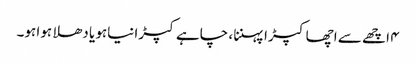
۴ اچھے سے اچھا کپڑا پہننا ، چاہے کپڑا نیاہو یا دھلا ہوا ہو۔